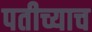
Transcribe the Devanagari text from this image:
पतीच्याच